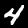
Label: 4